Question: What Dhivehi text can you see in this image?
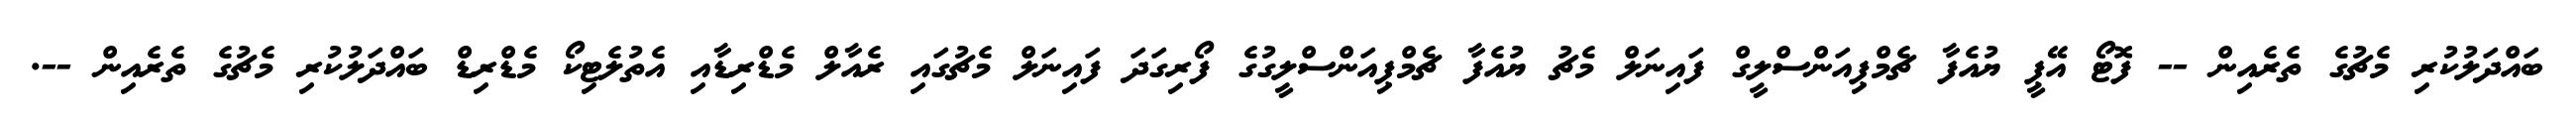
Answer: ބައްދަލުކުރި މެޗުގެ ތެރެއިން -- ފޮޓޯ އޭޕީ ޔުއެފާ ޗެމްޕިއަންސްލީގް ފައިނަލް މެޗު ޔުއެފާ ޗެމްޕިއަންސްލީގުގެ ފޯރިގަދަ ފައިނަލް މެޗުގައި ރެއާލް މެޑްރިޑާއި އެތުލެޓިކޯ މެޑްރިޑް ބައްދަލުކުރި މެޗުގެ ތެރެއިން --.